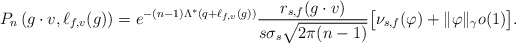
\begin{align*}P_{n} \left(g \cdot v, \ell_{f,v}(g) \right) = e^{- (n-1) \Lambda^{*}(q + \ell_{f,v}(g))} \frac{ r_{s, f}(g \cdot v) }{ s\sigma_{s}\sqrt{2\pi (n-1)} } \big[ \nu_{s,f}(\varphi) + \|\varphi\|_{\gamma} o(1) \big]. \end{align*}